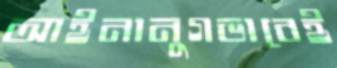
আইনানুগভাবেই